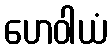
ဟေဝါယံ